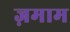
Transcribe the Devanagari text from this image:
ज़माम